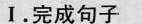
Ⅰ。完成句子